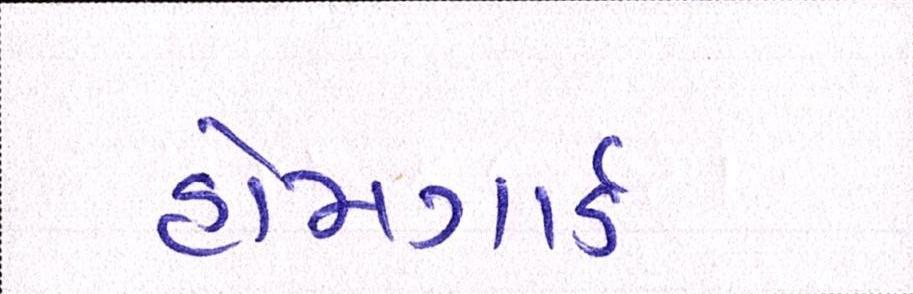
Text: હોમગાર્ડ